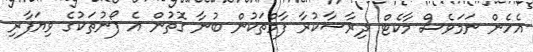
އެހެން ނަމަވެސް މާކެޓް ދިރާސާކުރާ ފާމްތަކުން ބުނާ ގޮތުން އެ ފޯނުތަކުގެ ވިޔަފާރި